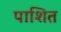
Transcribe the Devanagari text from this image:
पाशित